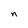
Character: n